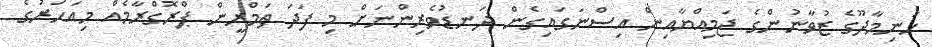
ހަނިމާދޫގެ ޒުވާނުންގެ ޖަމިއްޔާއިން އިސްނަގައިގެން ދަނޑުވެރިންނަށް މި ފަދަ ތަމްރީން ޕްރޮގްރާމެއް މިއަހަރުގެ